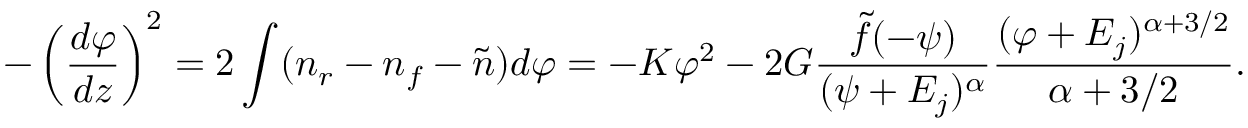
- \left( { \frac { d \varphi } { d z } } \right) ^ { 2 } = 2 \int ( n _ { r } - n _ { f } - \tilde { n } ) d \varphi = - K \varphi ^ { 2 } - 2 G { \frac { \tilde { f } ( - \psi ) } { ( \psi + { \cal E } _ { j } ) ^ { \alpha } } } { \frac { ( \varphi + { \cal E } _ { j } ) ^ { \alpha + 3 / 2 } } { \alpha + 3 / 2 } } .